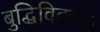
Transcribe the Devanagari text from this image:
बुद्धिविकास